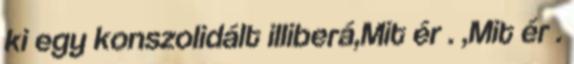
ki egy konszolidált illiberá,Mit ér . ,Mit ér .